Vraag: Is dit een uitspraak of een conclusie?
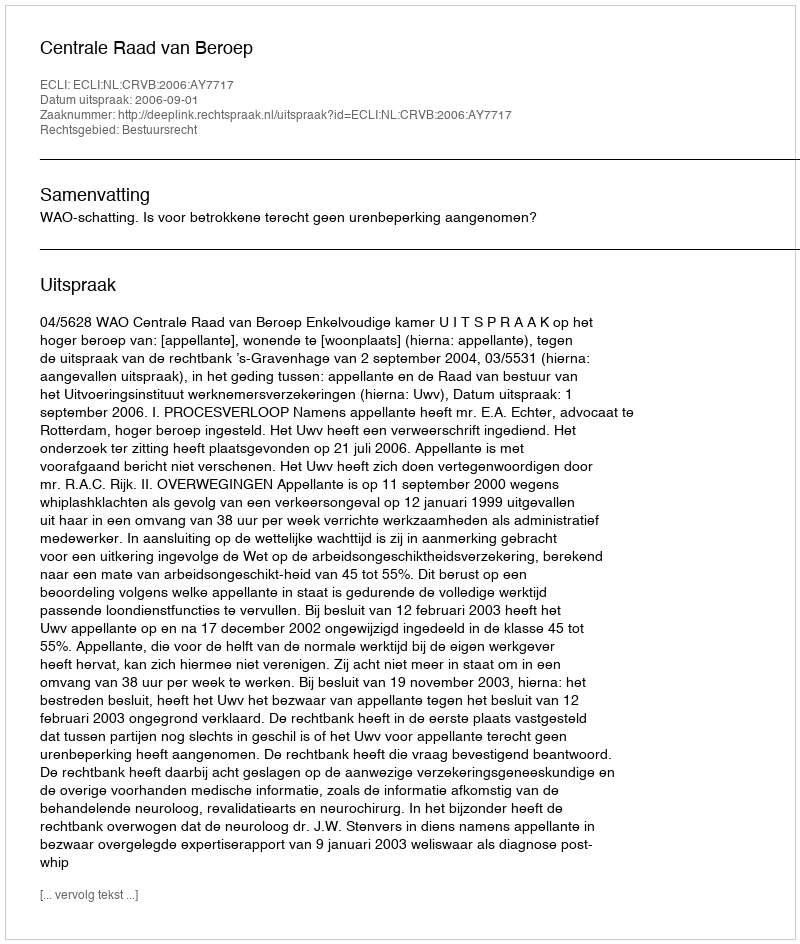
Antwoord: Uitspraak